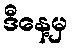
ဒီနေ့မှ